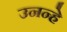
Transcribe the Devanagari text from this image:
उनन्हे